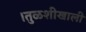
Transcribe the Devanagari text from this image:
।तुळशीखाली